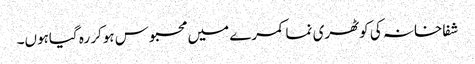
شفاخانہ کی کوٹھری نما کمرے میں محبوس ہوکر رہ گیاہوں۔